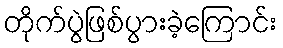
တိုက်ပွဲဖြစ်ပွားခဲ့ကြောင်း